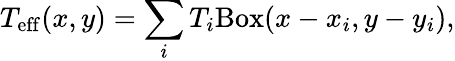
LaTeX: T_{\mathrm{eff}}(x,y)=\sum_{i}T_{i}\mathrm{Box}(x-x_{i},y-y_{i}),